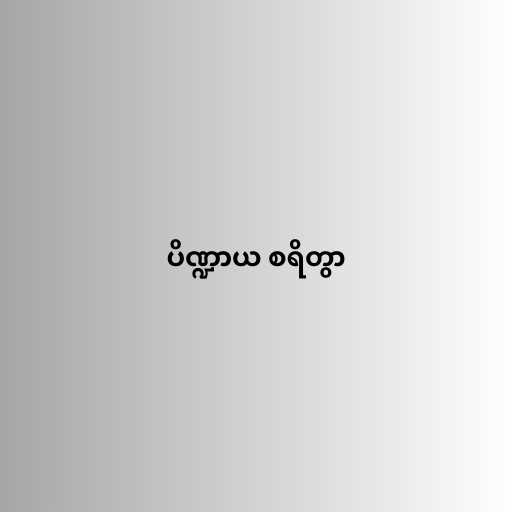
ပိဏ္ဍာယ စရိတွာ